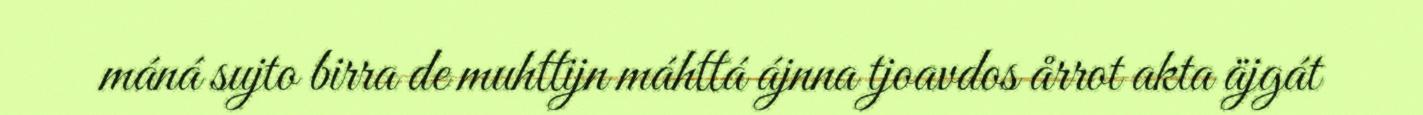
máná sujto birra de muhttijn máhttá ájnna tjoavdos årrot akta äjgát